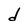
Character: d